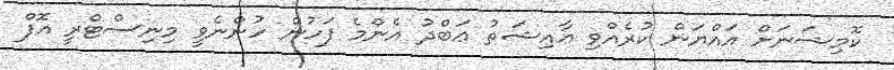
ކޮމިޝަނަށް އައްޔަން ކުރެއްވި ޢާއިޝަތު ޢަބްދު އެންމެ ފަހުން ހުންނެވީ މިނިސްޓްރީ އޮފް